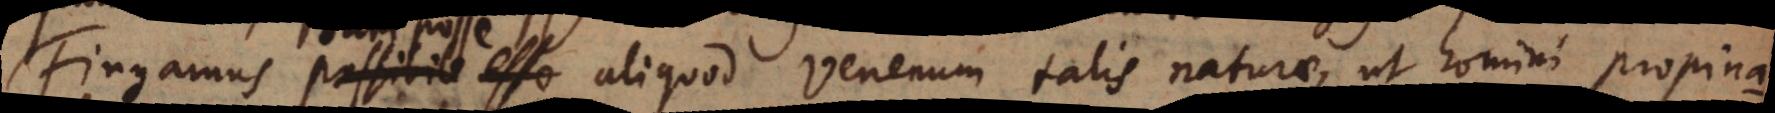
Fingamus dari posse aliquod venenum talis naturae, ut homini propinatum